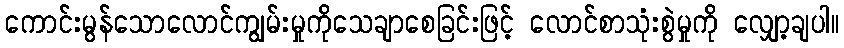
ကောင်းမွန်သောလောင်ကျွမ်းမှုကိုသေချာစေခြင်းဖြင့် လောင်စာသုံးစွဲမှုကို လျှော့ချပါ။